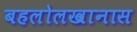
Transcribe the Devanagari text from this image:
बहलोलखानास